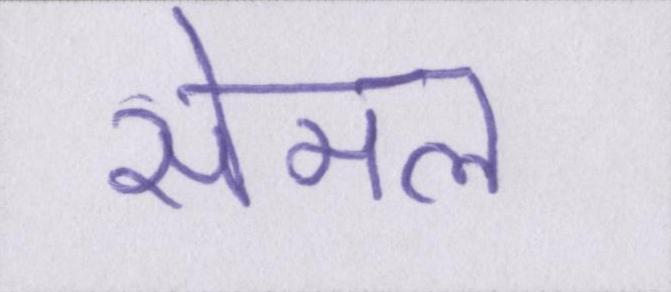
सेमल